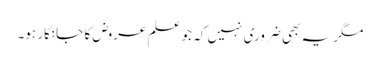
مگر یہ بھی ضروری نہیں کہ جو علم عروض کا جانکار ہو۔